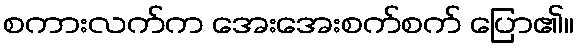
စကားလက်က အေးအေးစက်စက် ပြော၏။